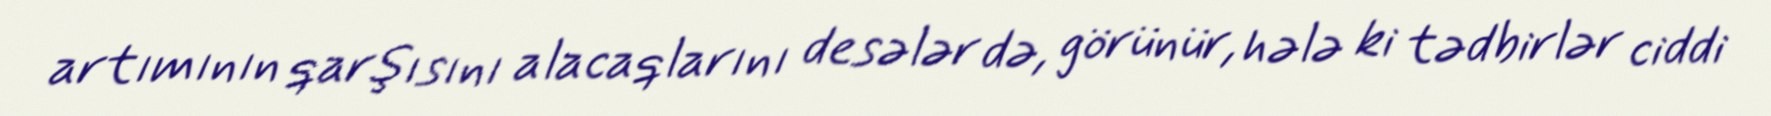
artımının qarşısını alacaqlarını desələr də, görünür, hələ ki tədbirlər ciddi